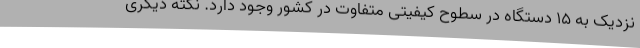
نزدیک به 15 دستگاه در سطوح کیفیتی متفاوت در کشور وجود دارد. نکته دیگری